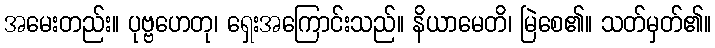
အမေးတည်း။ ပုဗ္ဗဟေတု၊ ရှေးအကြောင်းသည်။ နိယာမေတိ၊ မြဲစေ၏။ သတ်မှတ်၏။